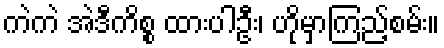
ကဲကဲ အဲဒီကိစ္စ ထားပါဦး၊ ဟိုမှာကြည့်စမ်း။